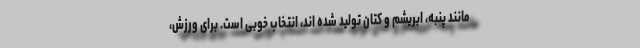
مانند پنبه، ابریشم و کتان تولید شده اند، انتخاب خوبی است. برای ورزش،